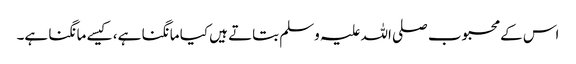
اس کے محبوب صلی اللہ علیہ وسلم بتاتے ہیں کیا مانگنا ہے، کیسے مانگنا ہے۔